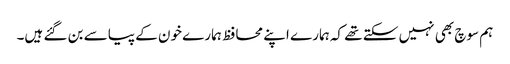
ہم سوچ بھی نہیں سکتے تھے کہ ہمارے اپنے محافظ ہمارے خون کے پیاسے بن گئے ہیں۔